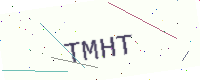
Text: TMHT